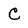
Character: C